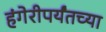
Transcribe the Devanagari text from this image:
हंगेरीपर्यंतच्या